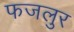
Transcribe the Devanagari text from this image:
फजलुर